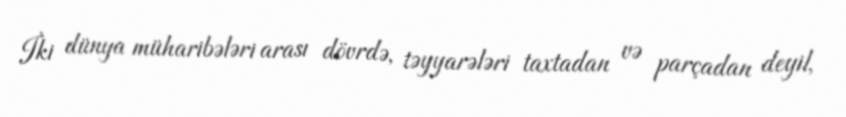
İki dünya müharibələri arası dövrdə, təyyarələri taxtadan və parçadan deyil,